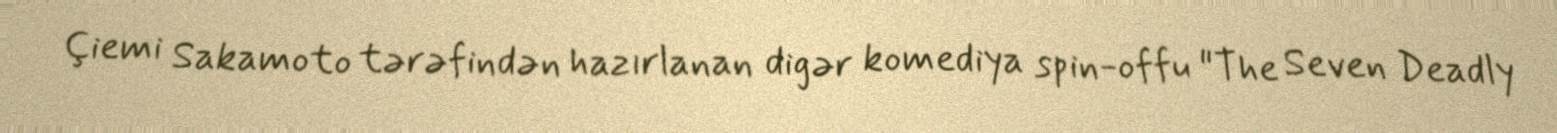
Çiemi Sakamoto tərəfindən hazırlanan digər komediya spin-offu "The Seven Deadly